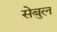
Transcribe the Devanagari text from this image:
सेबुल